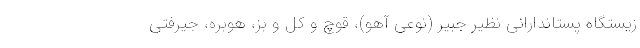
زیستگاه پستاندارانی نظیر جبیر (نوعی آهو)، قوچ و کل و بز، هوبره، جیرفتی